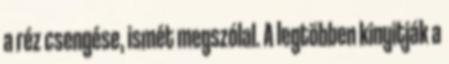
a réz csengése, ismét megszólal. A legtöbben kinyitják a